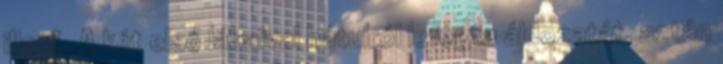
illető. A két első lábaival hátulról lefogta áldozatát, aztán